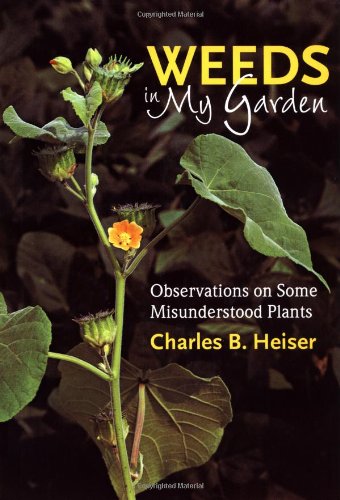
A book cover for Weeds in My Garden: Observations on Some Misunderstood Plants; Charles B. Heiser; Crafts, Hobbies & Home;